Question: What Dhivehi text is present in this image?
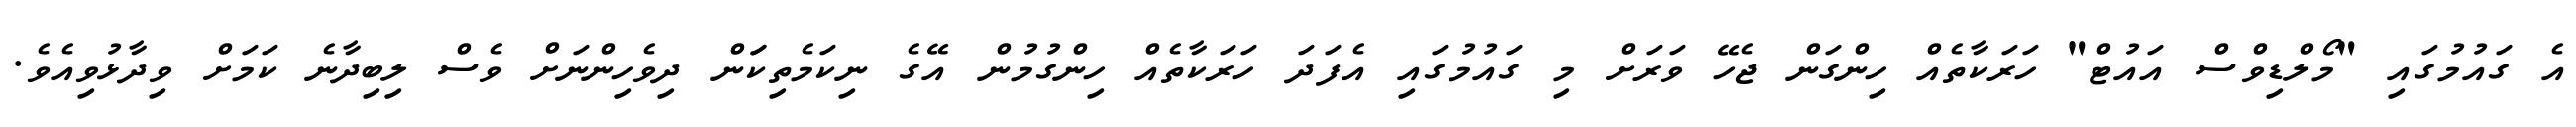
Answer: އެ ގައުމުގައި "މޯލްޑިވްސް އައުޓް" ހަރަކާތެއް ހިންގަން ޖެހޭ ވަރަށް މި ގައުމުގައި އެފަދަ ހަރަކާތެއް ހިންގުމުން އޭގެ ނިކަމެތިކަަން ދިވެހިންނަށް ވެސް ލިބިދާނެ ކަމަށް ވިދާޅުވިއެވެ.